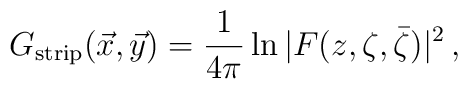
G_{\rm strip}(\vec x, \vec y) ={1 \over 4\pi} \ln|F(z, \zeta, \bar \zeta)|^2\,,\nonumber